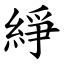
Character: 䋫